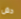
دش